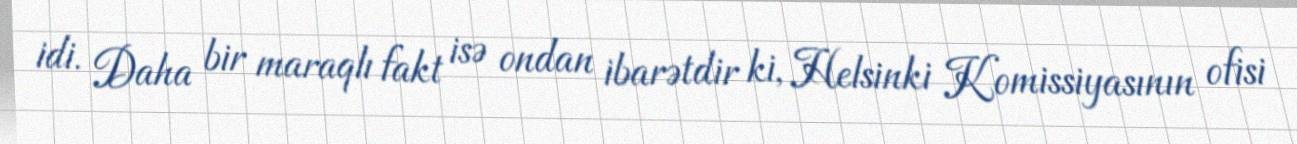
idi. Daha bir maraqlı fakt isə ondan ibarətdir ki, Helsinki Komissiyasının ofisi